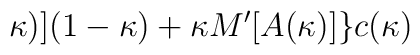
\kappa )](1-\kappa )+\kappa M'[A(\kappa )]\}c(\kappa )